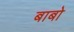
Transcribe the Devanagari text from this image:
बाबो